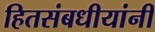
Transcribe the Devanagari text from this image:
हितसंबधीयांनी